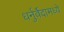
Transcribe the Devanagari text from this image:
धर्नुर्वेदामध्ये